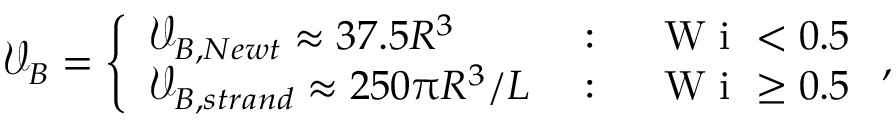
\mathcal { V } _ { B } = \left\{ \begin{array} { l l } { \mathcal { V } _ { B , N e w t } \approx 3 7 . 5 R ^ { 3 } } & { \mathrm { ~ : ~ } \quad \mathrm { ~ W ~ i ~ } < 0 . 5 } \\ { \mathcal { V } _ { B , s t r a n d } \approx 2 5 0 \uppi R ^ { 3 } / L } & { \mathrm { ~ : ~ } \quad \mathrm { ~ W ~ i ~ } \geq 0 . 5 } \end{array} \right. ,